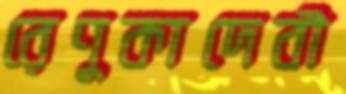
রেণুকাদেবী